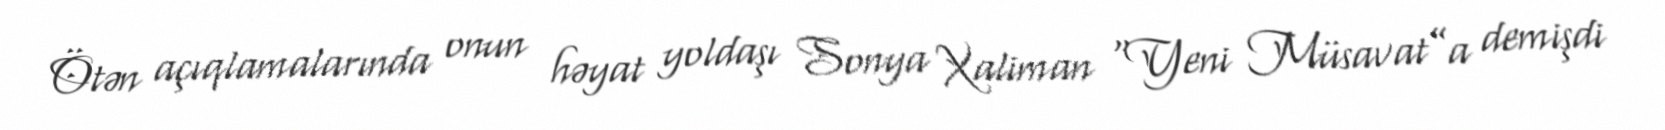
Ötən açıqlamalarında onun həyat yoldaşı Sonya Xaliman “Yeni Müsavat”a demişdi